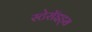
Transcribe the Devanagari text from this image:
स्टेरॉइड्स